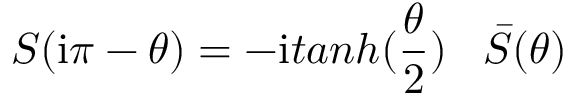
S ( \mathrm { i } \pi - \theta ) = - \mathrm { i } t a n h ( \frac { \theta } { 2 } ) \; \; \; \bar { S } ( \theta )